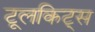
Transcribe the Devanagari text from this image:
टूलकिट्स